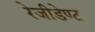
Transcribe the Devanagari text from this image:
रेजीडेण्ट